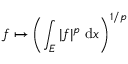
f \mapsto \left( \int _ { E } | f | ^ { p } \; \mathrm { d } x \right) ^ { 1 / p }